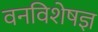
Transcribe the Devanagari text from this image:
वनविशेषज्ञ